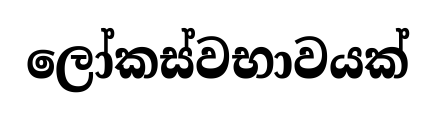
ලෝකස්වභාවයක්